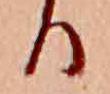
る